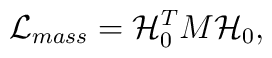
{\cal L}_{mass}= {\cal H}_0^T M {\cal H}_0,